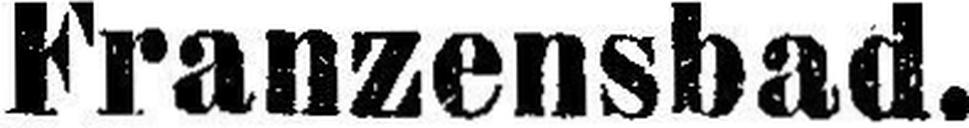
Franzensbad.